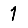
Digit: 1